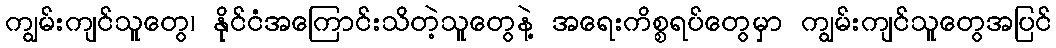
ကျွမ်းကျင်သူတွေ၊ နိုင်ငံအကြောင်းသိတဲ့သူတွေနဲ့ အရေးကိစ္စရပ်တွေမှာ ကျွမ်းကျင်သူတွေအပြင်